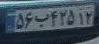
۵۶ب۴۲۵۱۲